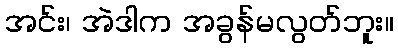
အင်း၊ အဲဒါက အခွန်မလွတ်ဘူး။